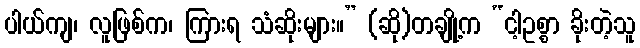
ပါယ်ကျ၊ လူဖြစ်က၊ ကြားရ သံဆိုးများ။” (ဆို)တချို့က “ငါ့ဥစ္စာ ခိုးတဲ့သူ